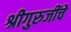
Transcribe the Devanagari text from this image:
श्रीगुरुजींचे